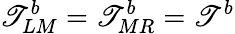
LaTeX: \mathscr{T}_{LM}^{b}=\mathscr{T}_{MR}^{b}=\mathscr{T}^{b}